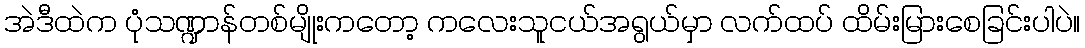
အဲဒီထဲက ပုံသဏ္ဍာန်တစ်မျိုးကတော့ ကလေးသူငယ်အရွယ်မှာ လက်ထပ် ထိမ်းမြားစေခြင်းပါပဲ။